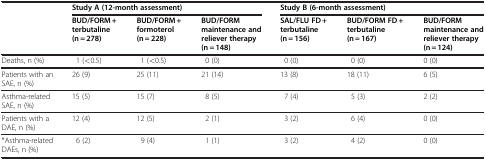
| <ROWSPAN=2>  | <COLSPAN=3> Study A (12-month assessment) | <COLSPAN=3> Study B (6-month assessment) |
 | BUD/FORM + terbutaline (n = 278) | BUD/FORM + formoterol (n = 228) | BUD/FORM maintenance and reliever therapy (n = 148) | SAL/FLU FD + terbutaline (n = 156) | BUD/FORM FD + terbutaline (n = 167) | BUD/FORM maintenance and reliever therapy (n = 124) |
 | --- | --- | --- | --- | --- | --- | --- |
 | Deaths, n (%) | 1 (<0.5) | 1 (<0.5) | 0 (0) | 0 (0) | 0 (0) | 0 (0) |
 | Patients with an SAE, n (%) | 26 (9) | 25 (11) | 21 (14) | 13 (8) | 18 (11) | 6 (5) |
 | Asthma-related SAE, n (%) | 15 (5) | 15 (7) | 8 (5) | 7 (4) | 5 (3) | 2 (2) |
 | Patients with a DAE, n (%) | 12 (4) | 12 (5) | 2 (1) | 3 (2) | 6 (4) | 0 (0) |
 | *Asthma-related DAEs, n (%) | 6 (2) | 9 (4) | 1 (1) | 3 (2) | 4 (2) | 0 (0) |